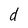
Character: d